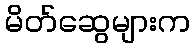
မိတ်ဆွေများက